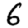
Digit: 6